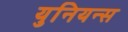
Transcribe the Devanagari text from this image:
युनियन्स